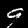
Digit: 9